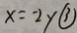
x = - 2 y \textcircled { 3 }